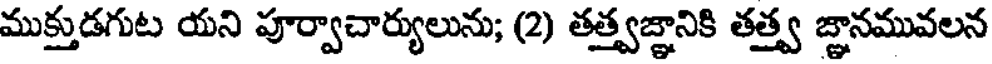
ముక్తుడగుట యని పూర్వాచార్యులును; (2) తత్త్వజ్ఞానికి తత్త్వ జ్ఞానమువలన